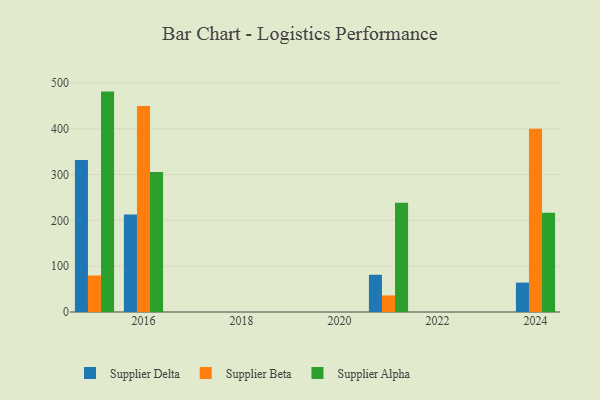
{"axis": {"x": "Year", "y": "Gross Profit (USD K)"}, "legend": ["Supplier Alpha", "Supplier Beta", "Supplier Delta"], "data": [{"x": "2015", "y": 331.8, "type": "Supplier Delta"}, {"x": "2015", "y": 79.7, "type": "Supplier Beta"}, {"x": "2015", "y": 481.1, "type": "Supplier Alpha"}, {"x": "2024", "y": 64.2, "type": "Supplier Delta"}, {"x": "2024", "y": 400.0, "type": "Supplier Beta"}, {"x": "2024", "y": 216.5, "type": "Supplier Alpha"}, {"x": "2016", "y": 213.1, "type": "Supplier Delta"}, {"x": "2016", "y": 449.9, "type": "Supplier Beta"}, {"x": "2016", "y": 305.5, "type": "Supplier Alpha"}, {"x": "2021", "y": 81.3, "type": "Supplier Delta"}, {"x": "2021", "y": 36.2, "type": "Supplier Beta"}, {"x": "2021", "y": 238.7, "type": "Supplier Alpha"}]}